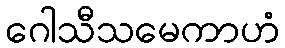
ဂေါသီသမေကာဟံ